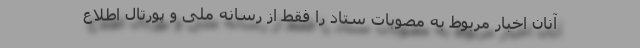
آنان اخبار مربوط به مصوبات ستاد را فقط از رسانه ملی و پورتال اطلاع